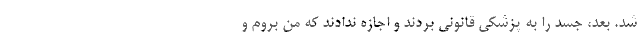
شد. بعد، جسد را به پزشکی قانونی بردند و اجازه ندادند که من بروم و